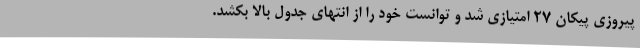
پیروزی پیکان 27 امتیازی شد و توانست خود را از انتهای جدول بالا بکشد.